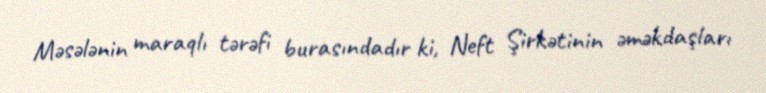
Məsələnin maraqlı tərəfi burasındadır ki, Neft Şirkətinin əməkdaşları